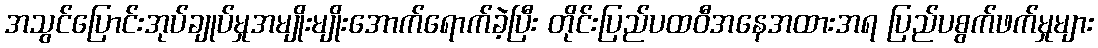
အသွင်ပြောင်းအုပ်ချုပ်မှုအမျိုးမျိုးအောက်ရောက်ခဲ့ပြီး တိုင်းပြည်ပထဝီအနေအထားအရ ပြည်ပစွက်ဖက်မှုများ